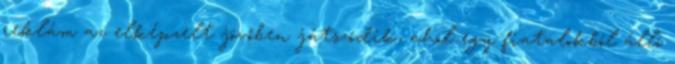
reklám az elképzelt jövőben játszódik, ahol egy fiatalokból álló